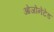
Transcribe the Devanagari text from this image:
ओजोनेटेड